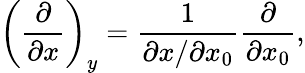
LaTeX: \left(\frac{\partial}{\partial x}\right)_{y}=\frac{1}{\partial x/\partial x_{0}}\frac{\partial}{\partial x_{0}},